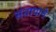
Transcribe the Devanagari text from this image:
संतापाने